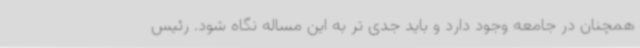
همچنان در جامعه وجود دارد و باید جدی تر به این مساله نگاه شود. رئیس